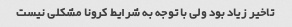
تاخیر زیاد بود ولی با توجه به شرایط کرونا مشکلی نیست